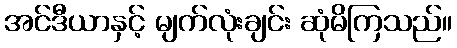
အင်ဒီယာနှင့် မျက်လုံးချင်း ဆုံမိကြသည်။